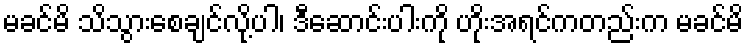
မခင်မိ သိသွားစေချင်လို့ပါ၊ ဒီဆောင်းပါးကို ဟိုးအရင်ကတည်းက မခင်မိ